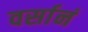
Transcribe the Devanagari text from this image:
वर्सानं